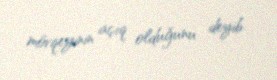
mövqeyinin açıq olduğunu deyib.